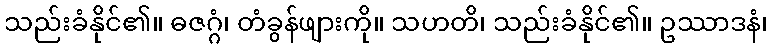
သည်းခံနိုင်၏။ ဓဇဂ္ဂံ၊ တံခွန်ဖျားကို။ သဟတိ၊ သည်းခံနိုင်၏။ ဥဿာဒနံ၊